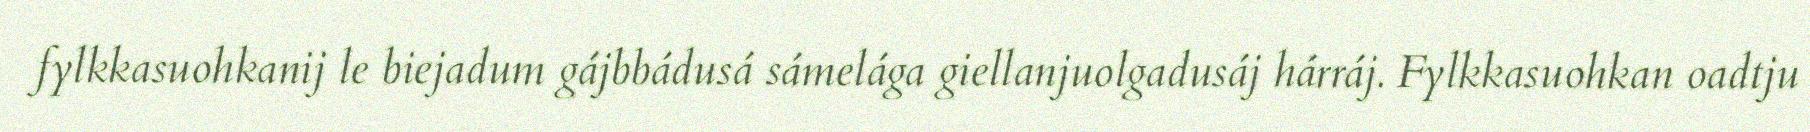
fylkkasuohkanij le biejadum gájbbádusá sámelága giellanjuolgadusáj hárráj. Fylkkasuohkan oadtju